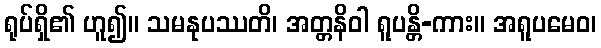
ရုပ်ရှိ၏ ဟူ၍။ သမနုပဿတိ၊ အတ္တနိဝါ ရူပန္တိ-ကား။ အရူပမေဝ၊